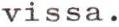
vissa.